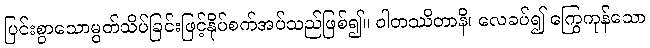
ပြင်းစွာသောမွတ်သိပ်ခြင်းဖြင့်နိုပ်စက်အပ်သည်ဖြစ်၍။ ဝါတဿိတာနိ၊ လေခပ်၍ ကြွေကုန်သော